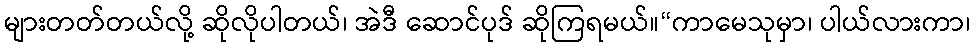
များတတ်တယ်လို့ ဆိုလိုပါတယ်၊ အဲဒီ ဆောင်ပုဒ် ဆိုကြရမယ်။“ကာမေသုမှာ၊ ပါယ်လားကာ၊